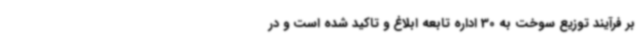
بر فرآیند توزیع سوخت به 30 اداره تابعه ابلاغ و تاکید شده است و در